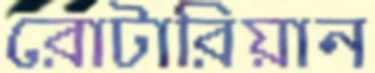
রোটারিয়ান